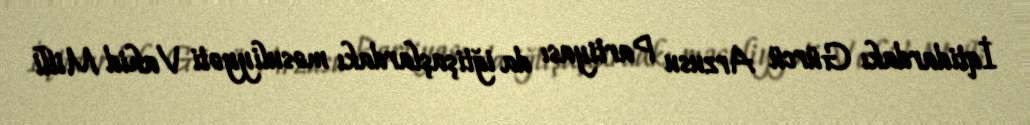
İqtidardakı Gürcü Arzusu Partiyası da iğtişaşlardakı məsuliyyəti Vahid Milli